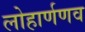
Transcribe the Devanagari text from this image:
लोहार्णणव